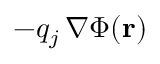
- q _ { j } \, \nabla \Phi ( \mathbf { r } )